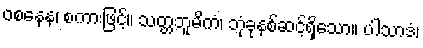
ဝစနေန၊ စကားဖြင့်။ သတ္တဘူမိကံ၊ ဘုံခုနစ်ဆင့်ရှိသော။ ပါသာဒံ၊